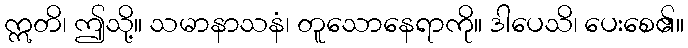
ဣတိ၊ ဤသို့။ သမာနာသနံ၊ တူသောနေရာကို။ ဒါပေသိ၊ ပေးစေ၏။